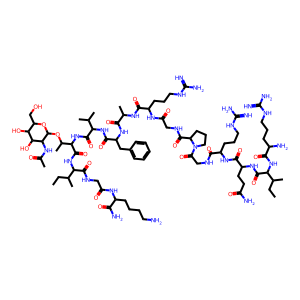
SMILES: CCC(C)C(NC(=O)C(N)CCCNC(=N)N)C(=O)NC(CCC(N)=O)C(=O)NC(CCCNC(=N)N)C(=O)NCC(=O)N1CCCC1C(=O)NCC(=O)NC(CCCNC(=N)N)C(=O)NC(C)C(=O)NC(Cc1ccccc1)C(=O)NC(C(=O)NC(C(=O)NC(C(=O)NCC(=O)NC(CCCCN)C(N)=O)C(C)CC)C(C)OC1OC(CO)C(O)C(O)C1NC(C)=O)C(C)C
Inhibits HIV replication: No